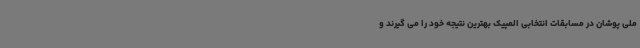
ملی پوشان در مسابقات انتخابی المپیک بهترین نتیجه خود را می گیرند و